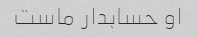
او حسابدار ماست